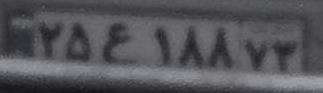
۲۵ع۱۸۸۷۳